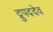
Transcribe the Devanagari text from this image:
द्रुपददेव